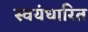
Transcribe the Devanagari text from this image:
स्वयंधारित